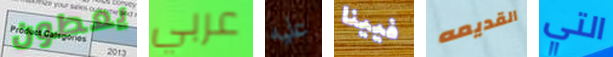
يعطون عربي عليه فيينا القديمه التي